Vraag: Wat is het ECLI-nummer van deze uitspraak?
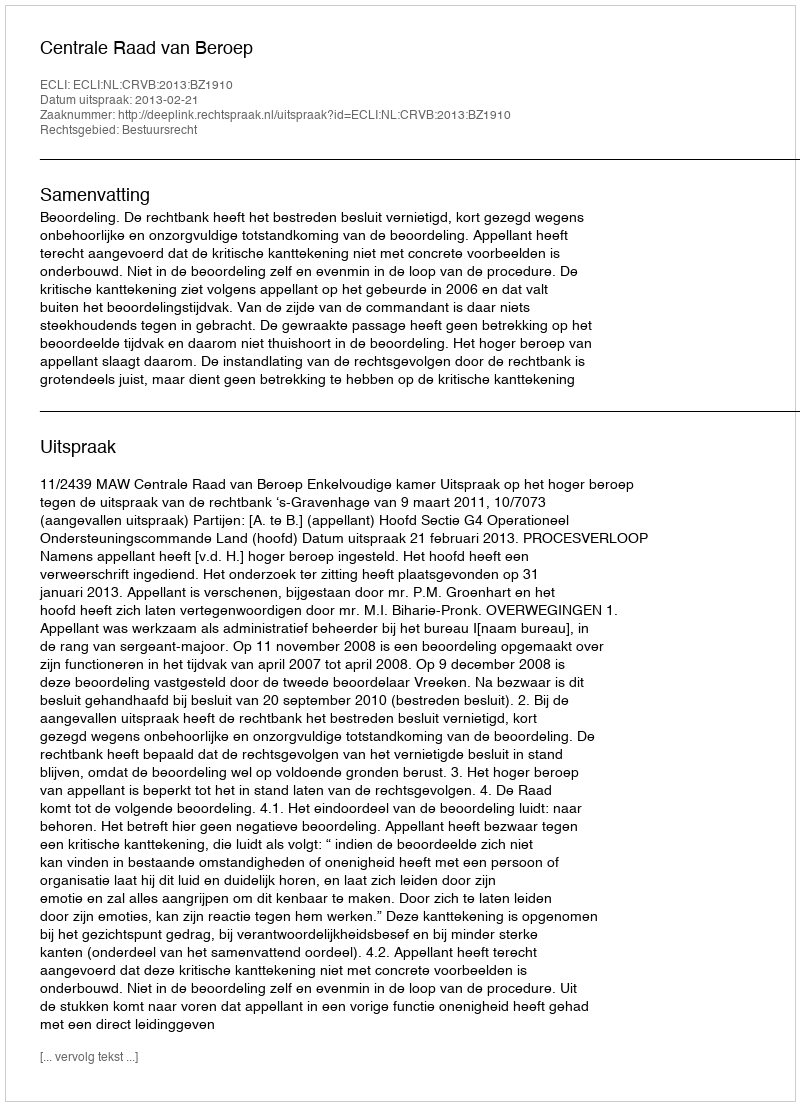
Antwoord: ECLI:NL:CRVB:2013:BZ1910